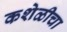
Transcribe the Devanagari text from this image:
कशेळीचा